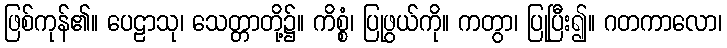
ဖြစ်ကုန်၏။ ပေဠာသု၊ သေတ္တာတို့၌။ ကိစ္စံ၊ ပြုဖွယ်ကို။ ကတွာ၊ ပြုပြီး၍။ ဂတကာလော၊